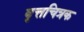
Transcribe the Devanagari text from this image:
वृत्तचित्रक